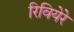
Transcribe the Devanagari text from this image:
रिवियेरे